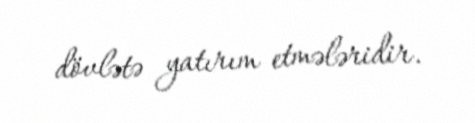
dövlətə yatırım etmələridir.